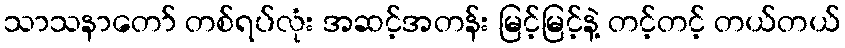
သာသနာတော် တစ်ရပ်လုံး အဆင့်အတန်း မြင့်မြင့်နဲ့ တင့်တင့် တယ်တယ်